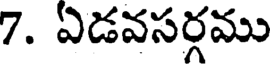
7. ఏడవసర్గము